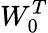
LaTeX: W_{0}^{T}